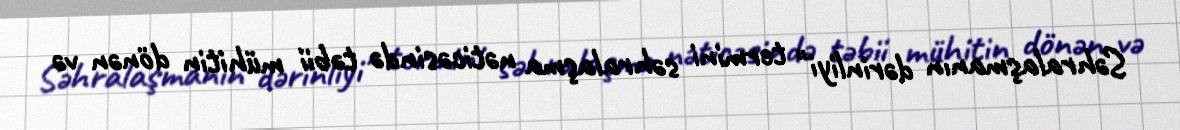
Səhralaşmanın dərinliyi" termini səhralaşma nəticəsində təbii mühitin dönən və